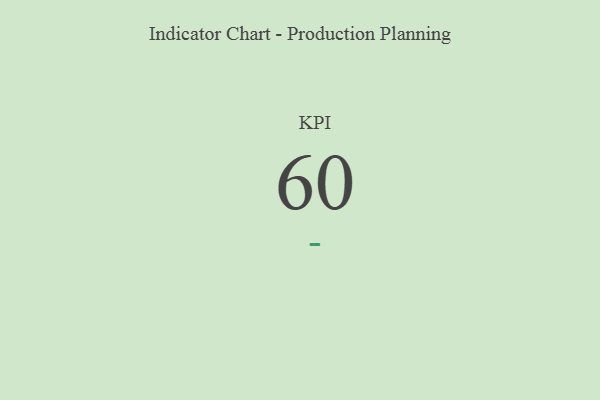
{"axis": {"x": "KPI", "y": "Value"}, "legend": [""], "data": [{"x": "KPI", "y": 60, "type": ""}]}